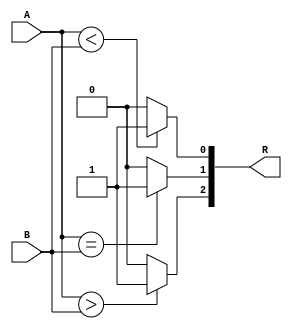
module comp4 (R,A,B);
	input [3:0] A, B;
	output [3:0] R;
	reg [3:0] R;
	wire temp;
	
	assign temp= Z;
	
	always @(*)
	begin
		if(A > B)
			R[2] = 1;
		else
			R[2] = 0;
		if(A == B)
			R[1] = 1;
		else
			R[1] = 0;
		if(A < B)
			R[0] = 1;
		else
			R[0] = 0;
		R[3] <= temp;
	end
endmodule